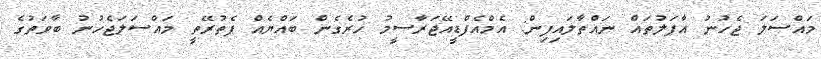
މައްސަލަ ޖެހުނު އާފަލުތައް ނައްތާލައިފިން: އެމްއެފްޑީއޭޖަރާސީމު ހުރެގެން ބައްޔެއް ފެތުރޭތީ މައްސަލަޖެހުނު ބާވަތުގެ